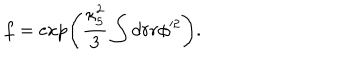
f = \exp \left( \frac { \kappa _ { 5 } ^ { 2 } } { 3 } \int d r r \phi ^ { 2 } \right) .